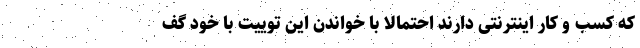
که کسب و کار اینترنتی دارند احتمالا با خواندن این توییت با خود گف